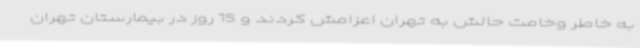
به خاطر وخامت حالش به تهران اعزامش کردند و 15 روز در بیمارستان تهران